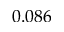
0 . 0 8 6